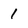
Character: 1